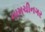
નામચીનગર